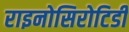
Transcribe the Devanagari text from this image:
राइनोसिरोटिडी